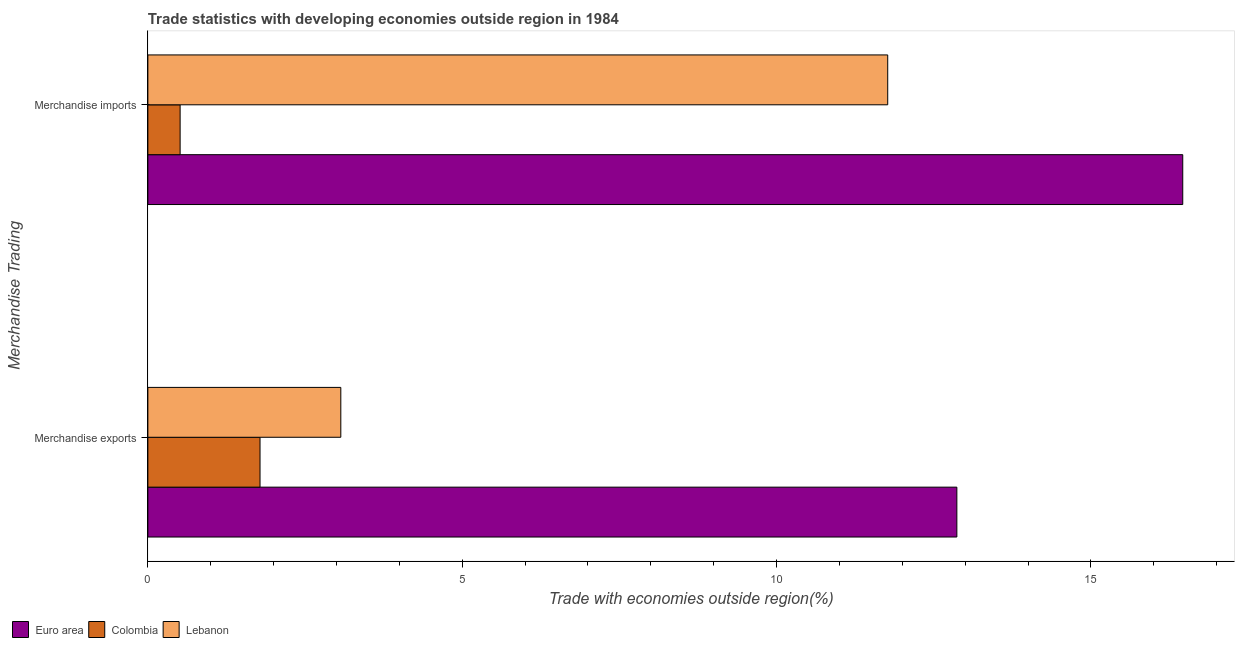
| Merchandise Trading | Euro area | Colombia | Lebanon |
 | --- | --- | --- | --- |
 | Merchandise exports | 12.9 | 1.78 | 3.07 |
 | Merchandise imports | 16.5 | 0.513 | 11.8 |